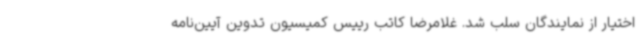
اختیار از نمایندگان سلب شد. غلامرضا کاتب رییس کمیسیون تدوین آیین‌نامه